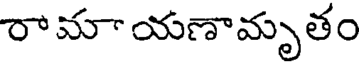
రా మా యణామృతం